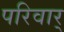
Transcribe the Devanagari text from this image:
परिवार्